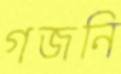
গজনি